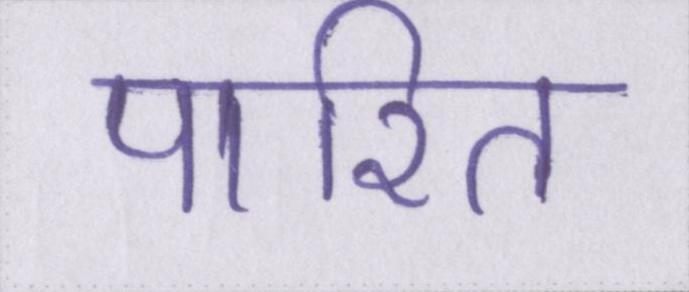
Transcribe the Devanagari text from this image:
पारित